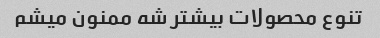
تنوع محصولات بیشتر شه ممنون میشم